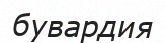
бувардия